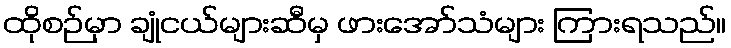
ထိုစဉ်မှာ ချုံငယ်များဆီမှ ဖားအော်သံများ ကြားရသည်။